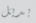
بديل